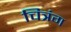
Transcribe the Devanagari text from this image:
चित्रंग